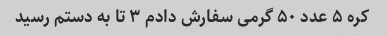
کره ۵ عدد ۵۰ گرمی سفارش دادم ۳ تا به دستم رسید